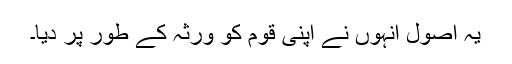
یہ اصول انہوں نے اپنی قوم کو ورثہ کے طور پر دیا۔